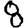
Digit: 8